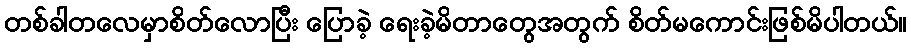
တစ်ခါတလေမှာစိတ်လောပြီး ပြောခဲ့ ရေးခဲ့မိတာတွေအတွက် စိတ်မကောင်းဖြစ်မိပါတယ်။